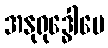
အနုရုဒ္ဓေါပေ